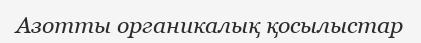
Азотты органикалық қосылыстар